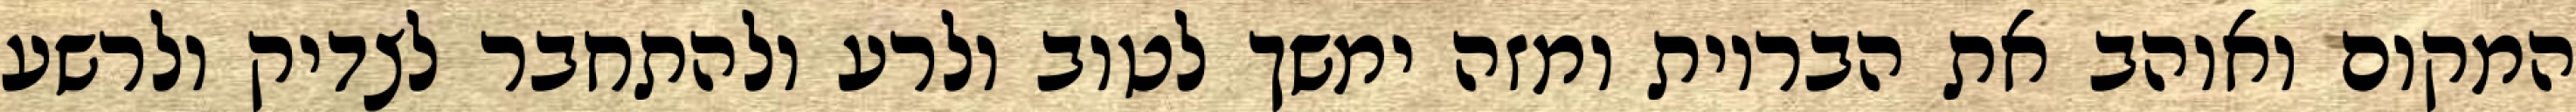
המקום ואוהב את הבריות ומזה ימשך לטוב ולרע ולהתחבר לצדיק ולרשע